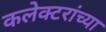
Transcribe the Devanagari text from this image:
कलेक्टरांच्या